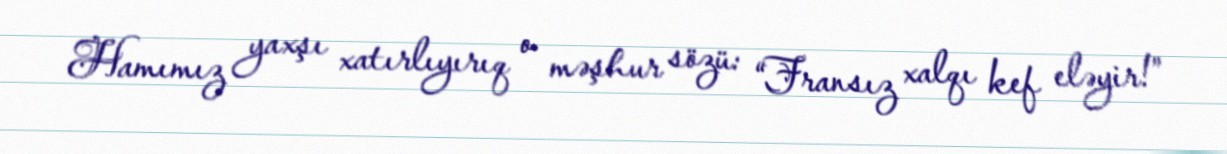
Hamımız yaxşı xatırlıyırıq o məşhur sözü: “Fransız xalqı kef eləyir!”